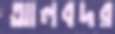
আলবদর